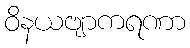
ဝိနယဗျာကရဏာ